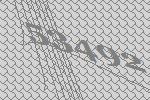
53492